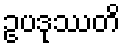
ဥပဒုဿတိ